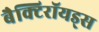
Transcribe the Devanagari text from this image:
बैक्टिरॉयड्स